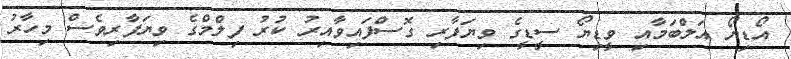
އޯޑިޔޯ އަލްބަމާއި ވީޑިޔޯ ސީޑީގެ ވިޔަފާރި ގޮސްފައިވާއިރު ކުރު ފިލްމްގެ ވިޔަފާރިވެސް މިހާރު